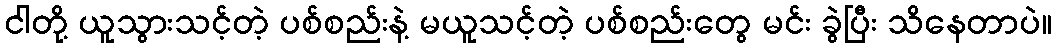
ငါတို့ ယူသွားသင့်တဲ့ ပစ်စည်းနဲ့ မယူသင့်တဲ့ ပစ်စည်းတွေ မင်း ခွဲပြီး သိနေတာပဲ။